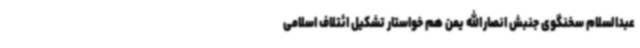
عبدالسلام سخنگوی جنبش انصارالله یمن هم خواستار تشکیل ائتلاف اسلامی